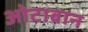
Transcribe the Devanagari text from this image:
ओटाबान